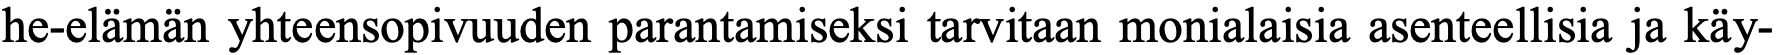
he-elämän yhteensopivuuden parantamiseksi tarvitaan monialaisia asenteellisia ja käy-